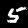
Digit: 5